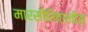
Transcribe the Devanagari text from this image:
मारसीलिएलीज़